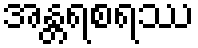
အန္တရစရဿ